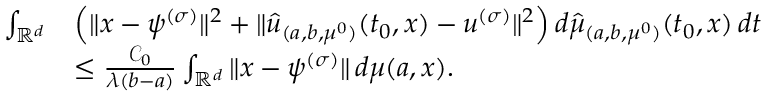
\begin{array} { r l } { \int _ { \mathbb { R } ^ { d } } } & { \left( \| x - \psi ^ { ( \sigma ) } \| ^ { 2 } + \| \hat { u } _ { ( a , b , \mu ^ { 0 } ) } ( t _ { 0 } , x ) - u ^ { ( \sigma ) } \| ^ { 2 } \right) d \hat { \mu } _ { ( a , b , \mu ^ { 0 } ) } ( t _ { 0 } , x ) \, d t } \\ & { \leq \frac { \mathcal C _ { 0 } } { \lambda ( b - a ) } \int _ { \mathbb { R } ^ { d } } \| x - \psi ^ { ( \sigma ) } \| \, d \mu ( a , x ) . } \end{array}